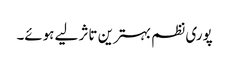
پوری نظم بہترین تاثر لیے ہوئے۔